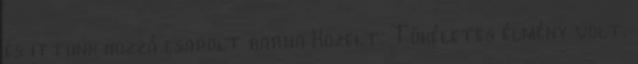
és ittunk hozzá csapolt barna Kozelt. Tökéletes élmény volt.